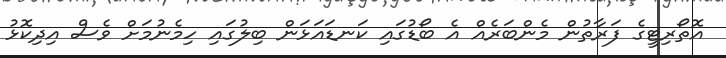
އޮތޯރިޓީގެ ފަރާތުން މެންބަރެއް އެ ބޯޑުގައި ކަނޑައަޅަން ބިލުގައި ހިމެނުމަށް ވެސް އިދިކޮޅު